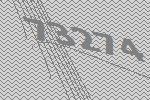
73274